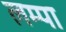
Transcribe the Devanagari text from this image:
लम्पा